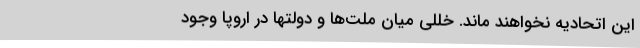
این اتحادیه نخواهند ماند. خللی میان ملت‌ها و دولتها در اروپا وجود